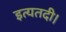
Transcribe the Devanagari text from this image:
इत्यतदी।